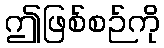
ဤဖြစ်စဉ်ကို